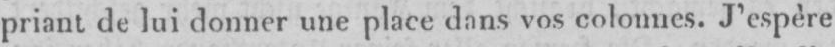
priant de lui donner une place dans vos colonnes. J’espère